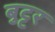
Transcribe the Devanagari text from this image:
बुट्टर